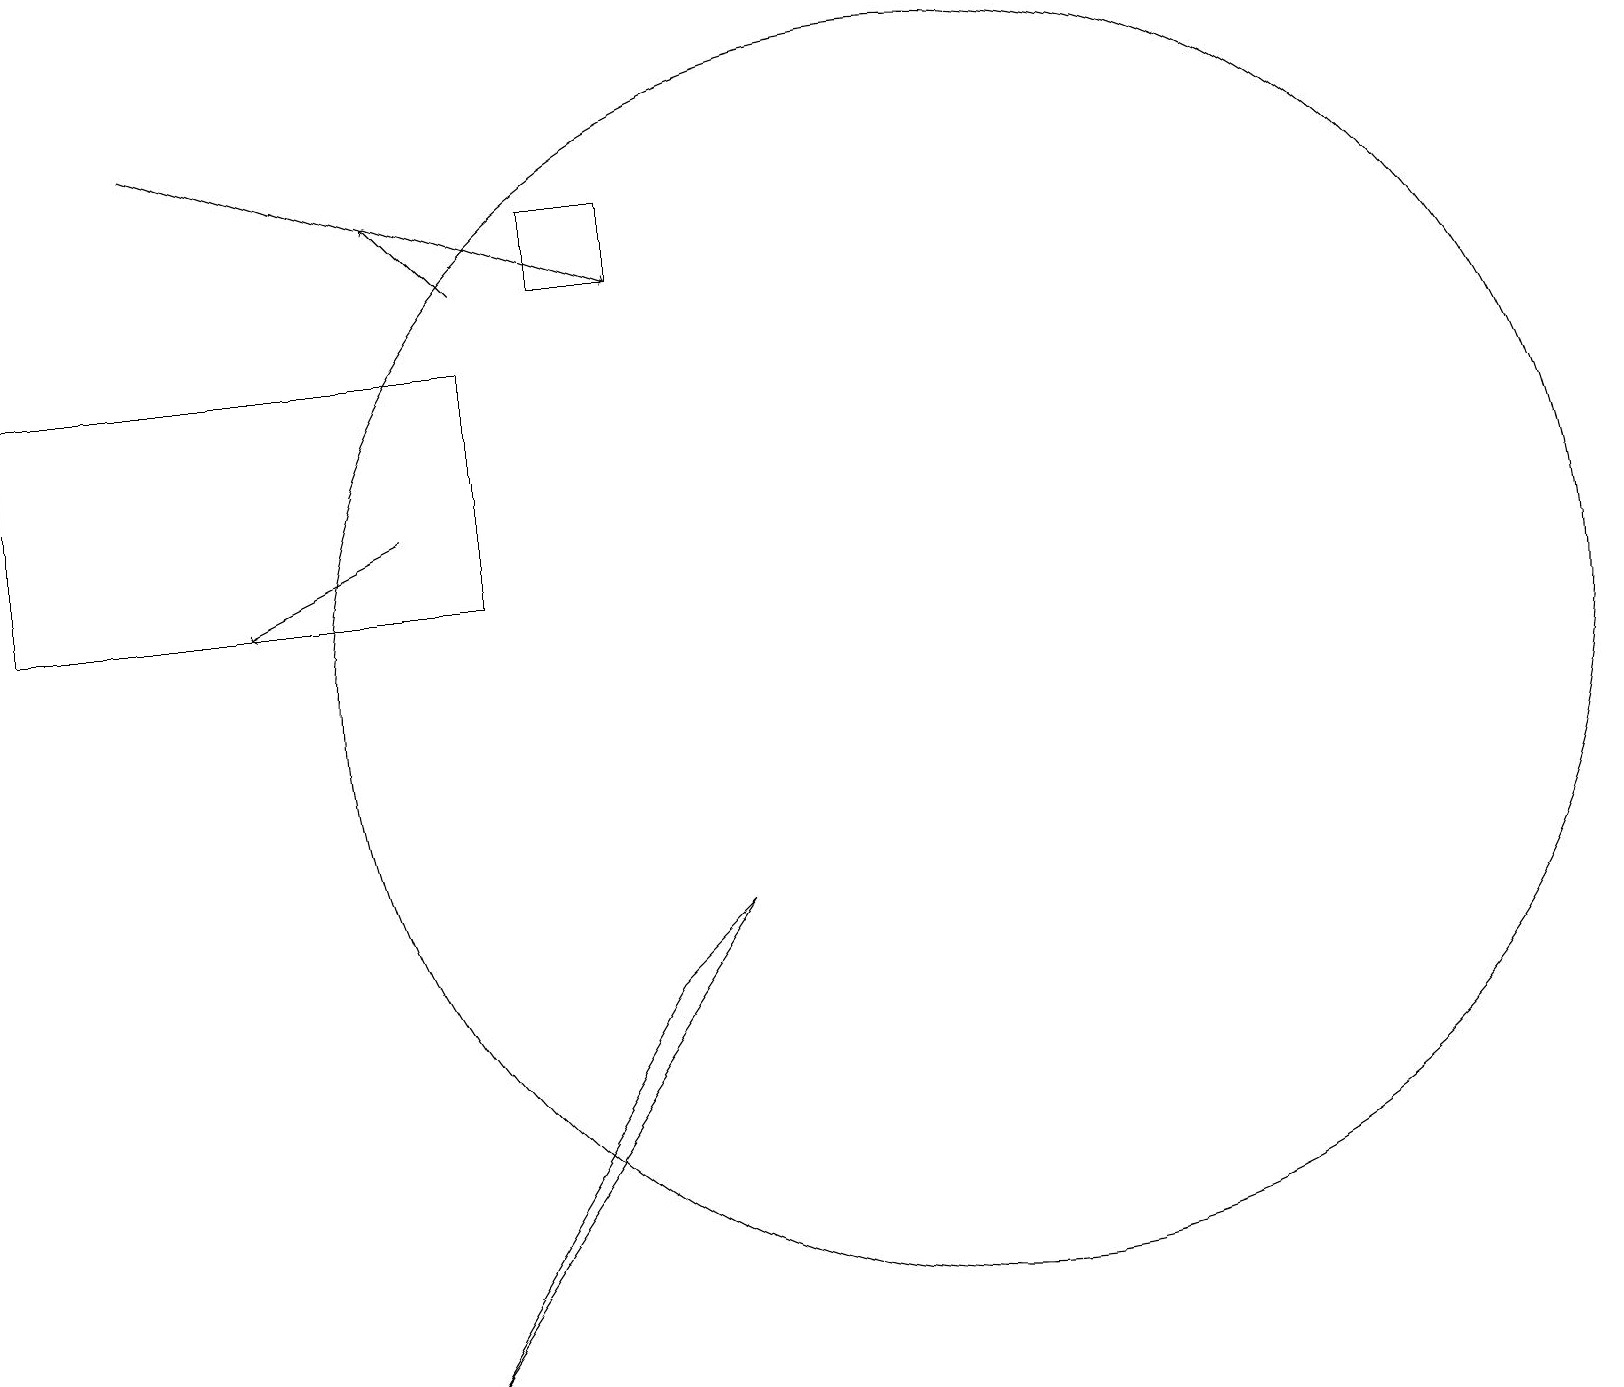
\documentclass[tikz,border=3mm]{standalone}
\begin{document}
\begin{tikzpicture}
\draw[->] (6,16) -- (5,17);
\draw (7,17) rectangle (8,16);
\draw (0,15) rectangle (6,12);
\draw (5,2) -- (8,7) -- (9,8) -- cycle;
\draw (12,11) circle (8);
\draw[->] (2,18) -- (8,16);
\draw[->] (5,13) -- (3,12);
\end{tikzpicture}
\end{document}